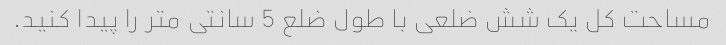
مساحت کل یک شش ضلعی با طول ضلع 5 سانتی متر را پیدا کنید.